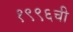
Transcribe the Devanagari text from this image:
१९९६ची